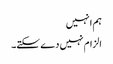
ہم انہیں
الزام نہیں دے سکتے۔